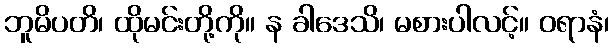
ဘူမိပတိ၊ ထိုမင်းတို့ကို။ န ခါဒေသိ၊ မစားပါလင့်။ ဝရာနံ၊